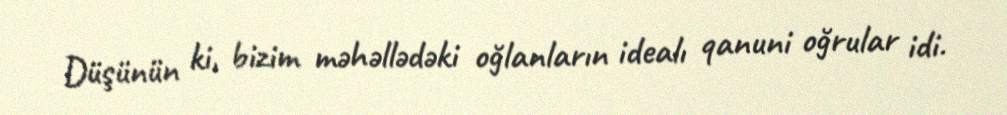
Düşünün ki, bizim məhəllədəki oğlanların idealı qanuni oğrular idi.